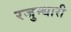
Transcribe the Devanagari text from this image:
रजुन्धारी